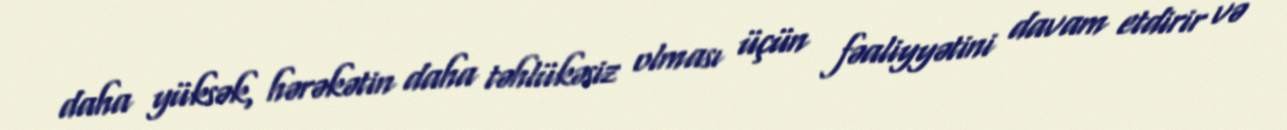
daha yüksək, hərəkətin daha təhlükəsiz olması üçün fəaliyyətini davam etdirir və